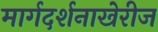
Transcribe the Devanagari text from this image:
मार्गदर्शनाखेरीज